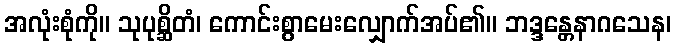
အလုံးစုံကို။ သုပုစ္ဆိတံ၊ ကောင်းစွာမေးလျှောက်အပ်၏။ ဘဒ္ဒန္တေနာဂသေန၊